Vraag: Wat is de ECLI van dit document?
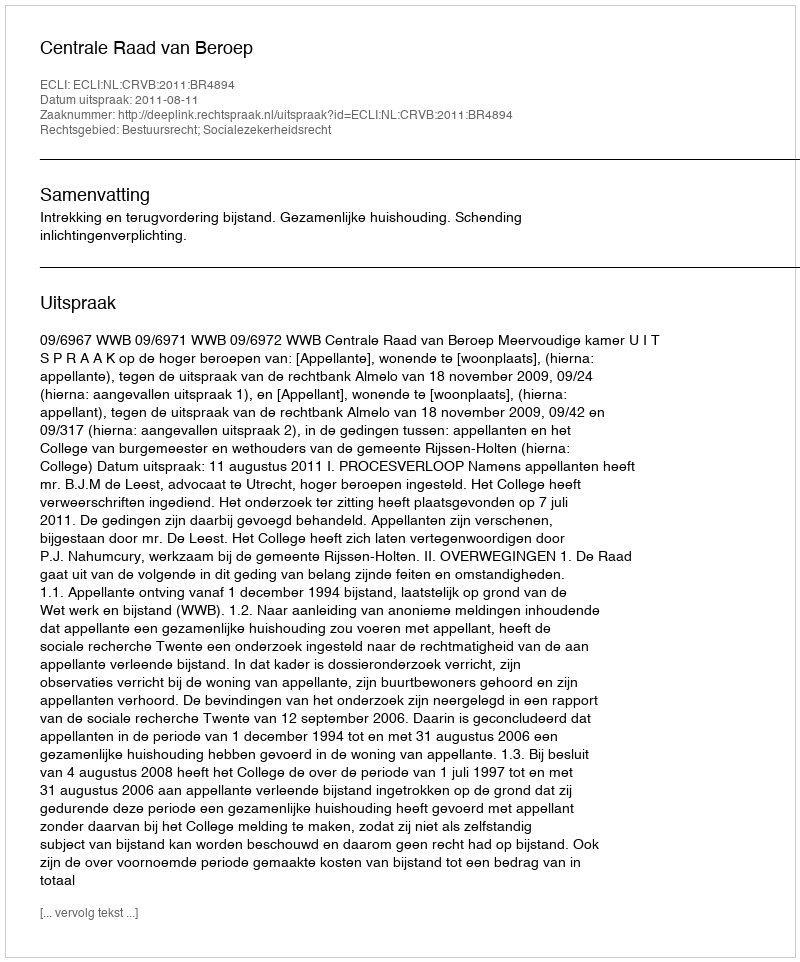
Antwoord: ECLI:NL:CRVB:2011:BR4894